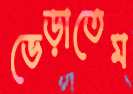
ভেড়াতেম